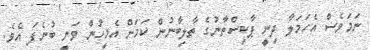
ނަމަވެސް އެހަމަލާ ދިނީ ޕާކިސްތާނުގެ ތާލިބާނުން ކަމަށް އެމީހުން ވަނީ ބުނެފަ އެވެ.